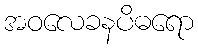
အဝလေခနပိဓရော